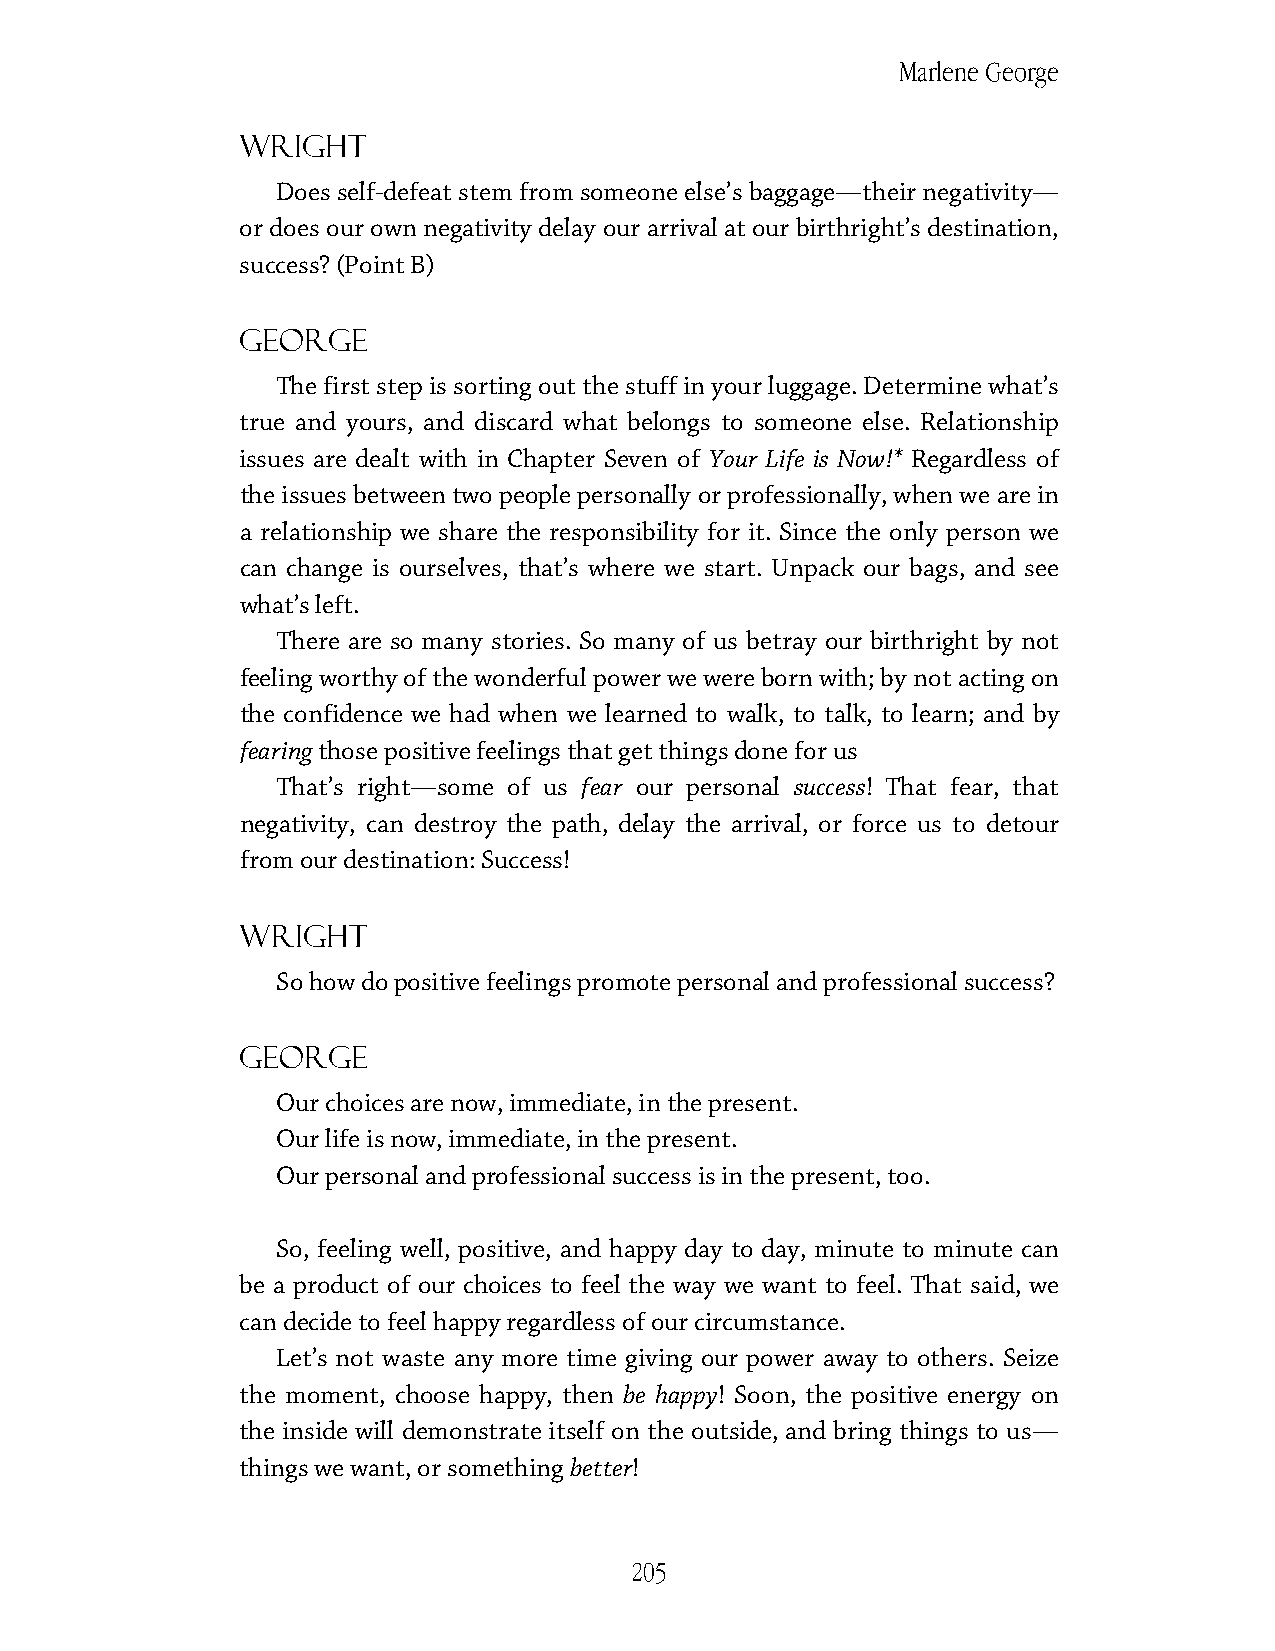
Marlene George
 Wright
 Does self-defeat stem from someone else’s baggage—their negativity—
 or does our own negativity delay our arrival at our birthright’s destination,
 success? (Point B)
 George
 The first step is sorting out the stuff in your luggage. Determine what’s
 true and yours, and discard what belongs to someone else. Relationship
 issues are dealt with in Chapter Seven of Your Life is Now!* Regardless of
 the issues between two people personally or professionally, when we are in
 a relationship we share the responsibility for it. Since the only person we
 can change is ourselves, that’s where we start. Unpack our bags, and see
 what’s left.
 There are so many stories. So many of us betray our birthright by not
 feeling worthy of the wonderful power we were born with; by not acting on
 the confidence we had when we learned to walk, to talk, to learn; and by
 fearing those positive feelings that get things done for us
 That’s right—some of us fear our personal success! That fear, that
 negativity, can destroy the path, delay the arrival, or force us to detour
 from our destination: Success!
 Wright
 So how do positive feelings promote personal and professional success?
 George
 Our choices are now, immediate, in the present.
 Our life is now, immediate, in the present.
 Our personal and professional success is in the present, too.
 So, feeling well, positive, and happy day to day, minute to minute can
 be a product of our choices to feel the way we want to feel. That said, we
 can decide to feel happy regardless of our circumstance.
 Let’s not waste any more time giving our power away to others. Seize
 the moment, choose happy, then be happy! Soon, the positive energy on
 the inside will demonstrate itself on the outside, and bring things to us—
 things we want, or something better!
 205